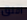
اقلق